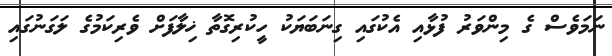
ނަމަވެސް ގެ މިންވަރު ފުޅާއި އެކުގައި ގިނަބަޔަކު ހީކުރިގޮތާ ޚިލާފަށް ވެރިކަމުގެ ލަގަނުގައި